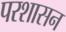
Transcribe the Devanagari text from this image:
परशासन